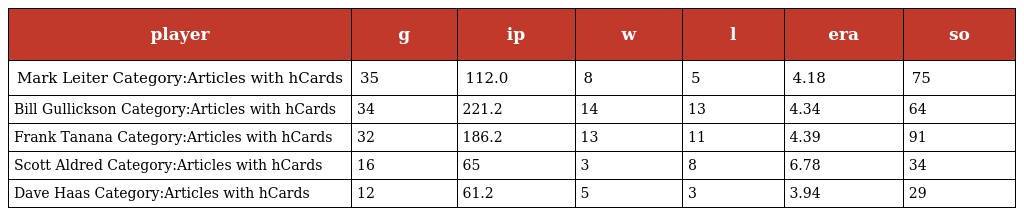
| player | g | ip | w | l | era | so |
 | --- | --- | --- | --- | --- | --- | --- |
 | Mark Leiter Category:Articles with hCards | 35 | 112.0 | 8 | 5 | 4.18 | 75 |
 | Bill Gullickson Category:Articles with hCards | 34 | 221.2 | 14 | 13 | 4.34 | 64 |
 | Frank Tanana Category:Articles with hCards | 32 | 186.2 | 13 | 11 | 4.39 | 91 |
 | Scott Aldred Category:Articles with hCards | 16 | 65 | 3 | 8 | 6.78 | 34 |
 | Dave Haas Category:Articles with hCards | 12 | 61.2 | 5 | 3 | 3.94 | 29 |